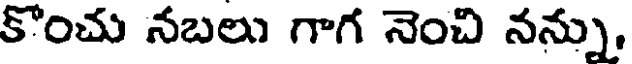
కొంచు నబలు గాగ నెంచి నన్ను,